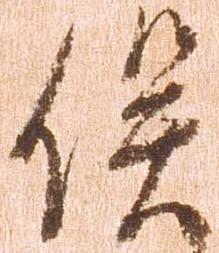
俣